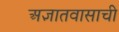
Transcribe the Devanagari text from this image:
अज्ञातवासाची